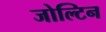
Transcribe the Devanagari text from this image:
जोल्टिन